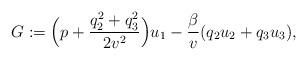
LaTeX: \begin{align*}G:=\Big(p+\frac{q_2^2+q_3^2}{2v^2}\Big)u_1-\frac{\beta}{v}(q_2u_2+q_3u_3),\end{align*}